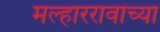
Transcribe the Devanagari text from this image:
मल्हाररावांच्या